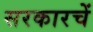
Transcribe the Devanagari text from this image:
सरकारचें